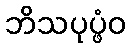
ဘိသပုပ္ဖံဝ